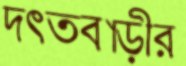
দত্তবাড়ীর